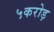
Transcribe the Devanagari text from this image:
५करोड़